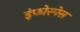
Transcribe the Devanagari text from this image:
इंफोस्पेस